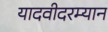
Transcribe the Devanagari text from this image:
यादवीदरम्यान